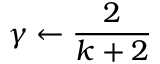
\gamma \leftarrow { \frac { 2 } { k + 2 } }